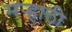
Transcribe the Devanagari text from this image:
मर्‍हाठी